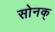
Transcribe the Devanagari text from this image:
सोनक्